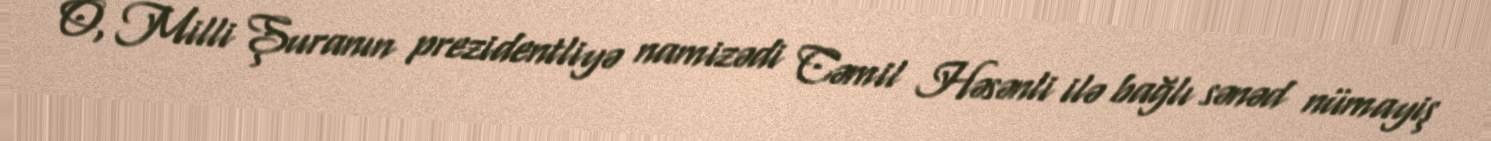
O, Milli Şuranın prezidentliyə namizədi Cəmil Həsənli ilə bağlı sənəd nümayiş